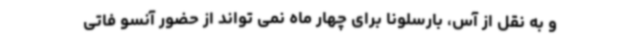
و به نقل از آس، بارسلونا برای چهار ماه نمی تواند از حضور آنسو فاتی